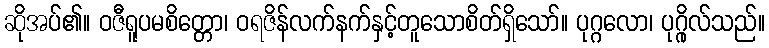
ဆိုအပ်၏။ ဝဇီရူပမစိတ္တော၊ ဝရဇိန်လက်နက်နှင့်တူသောစိတ်ရှိသော်။ ပုဂ္ဂလော၊ ပုဂ္ဂိုလ်သည်။